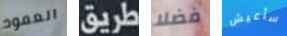
العمود طريق فضلا سأعيش